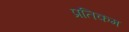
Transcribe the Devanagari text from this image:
प्रतिकम